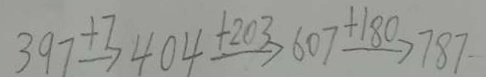
3 9 7 \xrightarrow { + 7 } 4 0 4 \xrightarrow { + 2 0 3 } + 6 0 7 \xrightarrow { + 1 8 0 } 7 8 7